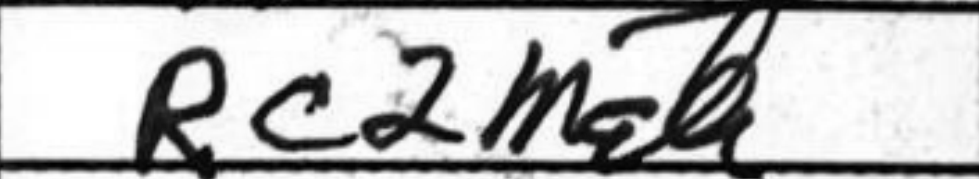
Transcription: Rc2